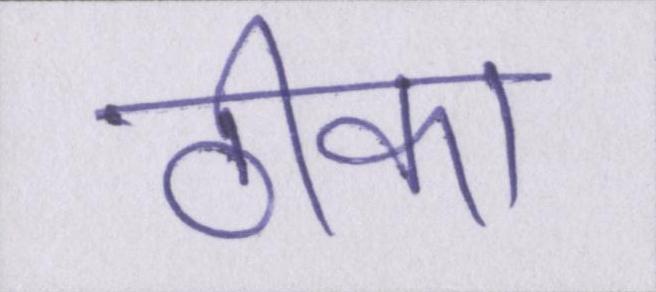
ठीका